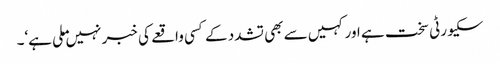
سکیورٹی سخت ہے اور کہیں سے بھی تشدد کے کسی واقعے کی خبر نہیں ملی ہے‘۔